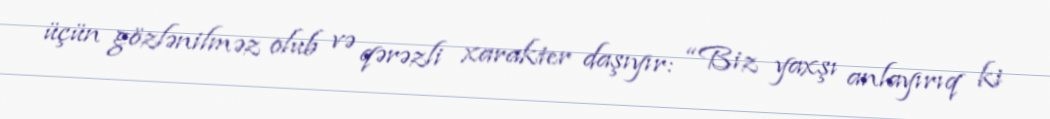
üçün gözlənilməz olub və qərəzli xarakter daşıyır: “Biz yaxşı anlayırıq ki